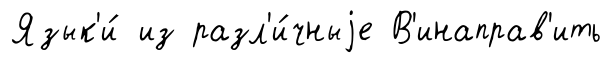
Язык'и́ из разл'и́чныjе В'инаправ'ить